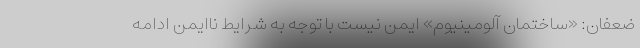
ضعفان: «ساختمان آلومینیوم» ایمن نیست با توجه به شرایط ناایمن ادامه